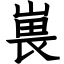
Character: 嵔